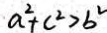
a ^ { 2 } + c ^ { 2 } > b ^ { 2 }